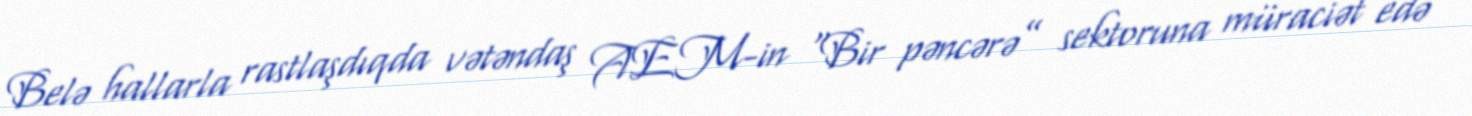
Belə hallarla rastlaşdıqda vətəndaş AEM-in “Bir pəncərə” sektoruna müraciət edə